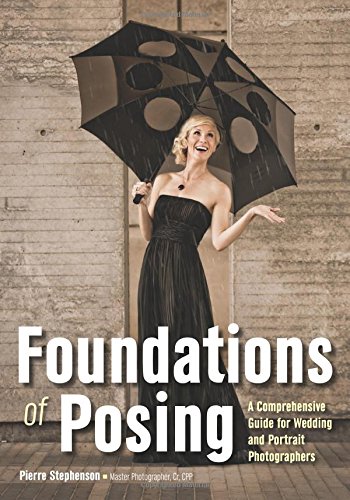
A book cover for Foundations of Posing: A Comprehensive Guide for Wedding and Portrait Photographers; Crafts, Hobbies & Home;